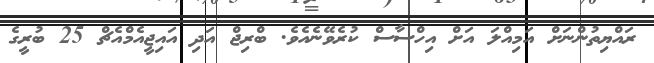
ރައްޔިތުންނަށް އަމިއްލަ އަށް އިހްސާސް ކުރެވޭނެއެވެ. ބްރިޖް އަދި އައިޖީއެމްއެޗް 25 ބުރީގެ